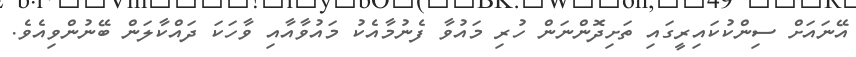
އޭނައަށް ސިންކުކައިރީގައި ތަށިދޮންނަން ހުރި މައުވާ ފެނުމާއެކު މައުވާއާއި ވާހަކަ ދައްކާލަން ބޭނުންވިއެވެ.